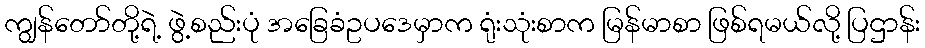
ကျွန်တော်တို့ရဲ့ ဖွဲ့စည်းပုံ အခြေခံဥပဒေမှာက ရုံးသုံးစာက မြန်မာစာ ဖြစ်ရမယ်လို့ ပြဌာန်း